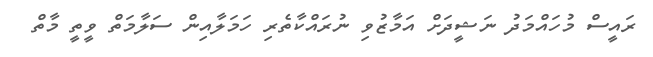
ރައީސް މުހައްމަދު ނަޝީދަށް އަމާޒުވި ނުރައްކާތެރި ހަމަލާއިން ސަލާމަތް ވީތީ މާތް